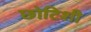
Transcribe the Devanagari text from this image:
छोटिशी